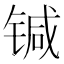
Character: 𰾗